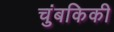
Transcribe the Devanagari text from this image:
चुंबकिकी